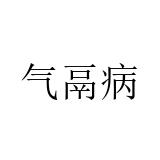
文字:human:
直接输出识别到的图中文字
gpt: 气鬲病